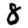
Digit: 8